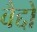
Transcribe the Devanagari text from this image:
वैद्दों